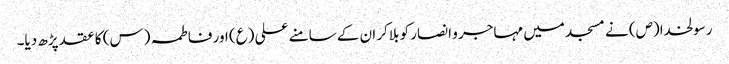
رسولخدا(ص) نے مسجد میں مہاجر و انصار کو بلاکر ان کے سامنے علی (ع) اور فاطمہ (س) کا عقد پڑھ دیا۔